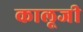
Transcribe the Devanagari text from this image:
कालूजी